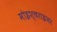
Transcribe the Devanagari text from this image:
मोइश्चराइजर